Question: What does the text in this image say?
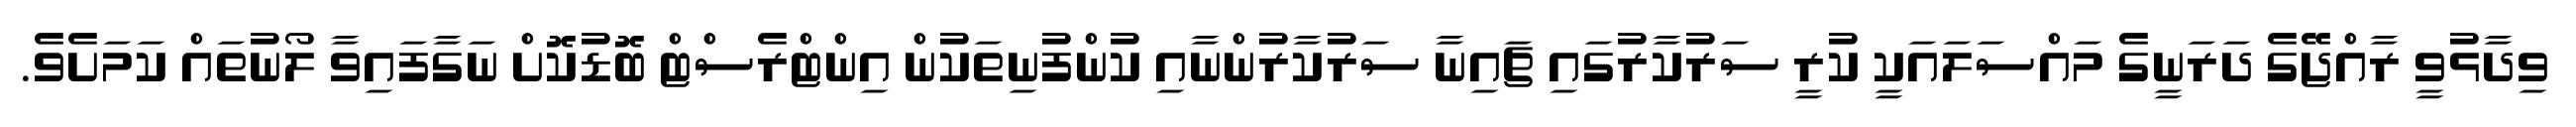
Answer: ވިދާޅުވީ ރާއްޖޭގެ ދަރަނީގެ މައްސަލައަކީ ކުރީ ސަރުކާރުގައި ޗައިނާ ސަރުކާރުންނާއި ކުންފުނިތަކުން އިންޓްރެސްޓް ބޮޑުކޮށް ނަގާފައިވާ ލޯނުތައް ކަމަށެވެ.